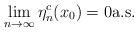
LaTeX: \begin{align*} \lim_{n\to\infty}\eta_n^c(x_0)=0\mathrm{a.s.} \end{align*}